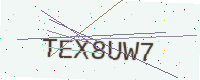
Text: TEX8UW7